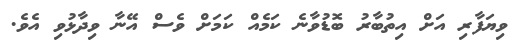
ވިޔަފާރި އަށް އިތުބާރު ބޮޑުވާނެ ކަމެއް ކަމަށް ވެސް އޭނާ ވިދާޅުވި އެވެ.